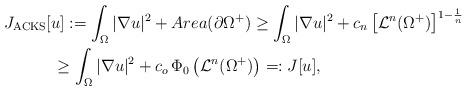
LaTeX: \begin{align*}&J_{\rm{ACKS}}[u]:=\int_\Omega|\nabla u|^2+{Area(\partial\Omega^+)}\ge \int_\Omega|\nabla u|^2+c_n \left[\mathcal L^n(\Omega^+)\right]^{1-\frac1n}\\ &\qquad\quad\ge \int_\Omega|\nabla u|^2+c_o\,\Phi_0\left(\mathcal L^n(\Omega^+)\right)=:J[u],\end{align*}